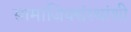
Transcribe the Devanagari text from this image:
सामाजिक्संस्थांशी